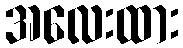
အလေးထား